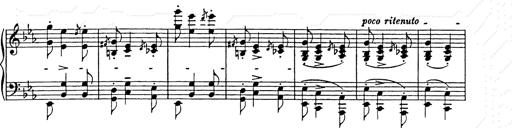
Title: Hungarian Rhapsody No.9
Composer: Franz Liszt
Key: E-flat major